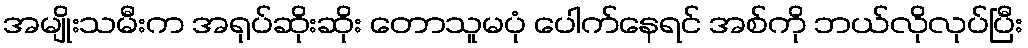
အမျိုးသမီးက အရုပ်ဆိုးဆိုး တောသူမပုံ ပေါက်နေရင် အစ်ကို ဘယ်လိုလုပ်ပြီး